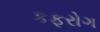
કફરોગ